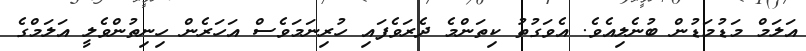
އަލަމް މަޑުމަޑުން ބުނެލިއެވެ. އެވަގުތު ކިތަންމެ ދެރަވެފައި ހުރިނަމަވެސް އަހަރެން ހިނިތުންވެލީ އަލަމްގެ